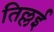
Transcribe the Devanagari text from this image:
तिल्लई